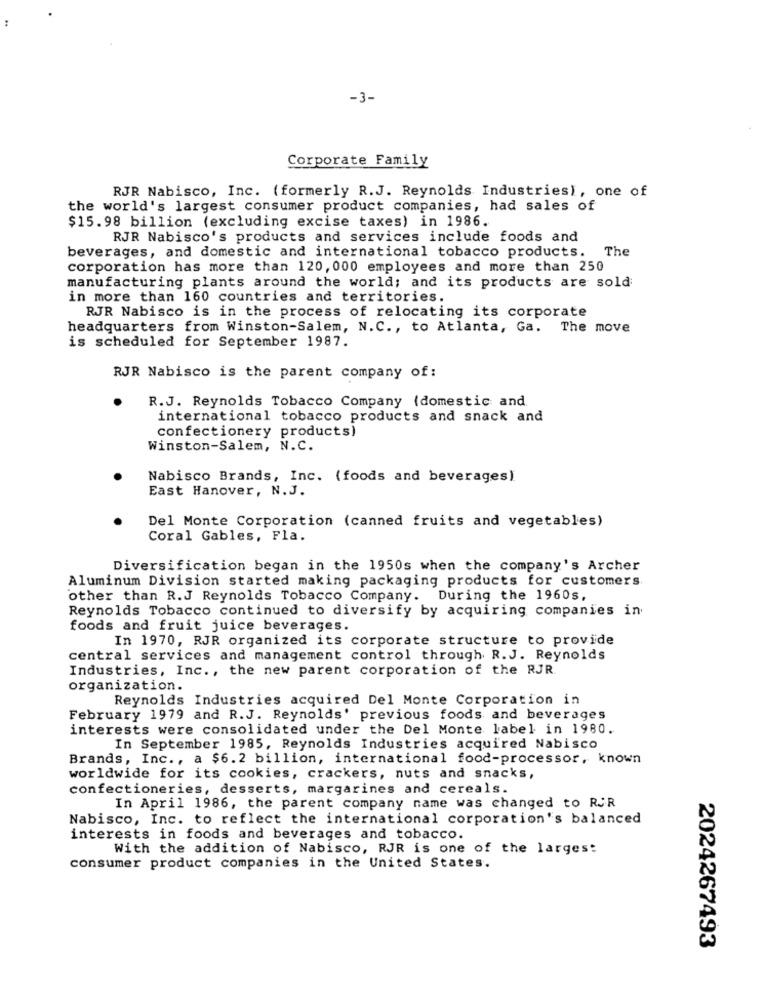
-3-
Corporate Family
RJR Nabisco, Inc. (formerly R.J. Reynolds Industries), one of
the world's largest consumer product companies, had sales of
$15.98 billion (excluding excise taxes) in 1986.
RJR Nabisco's products and services include foods and
beverages, and domestic and international tobacco products. The
corporation has more than 120, 000 employees and more than 250
manufacturing plants around the world; and its products are sold
in more than 160 countries and territories.
RJR Nabisco is in the process of relocating its corporate
headquarters from Winston-Salem, N.C ., to Atlanta, Ga. The move
is scheduled for September 1987.
RJR Nabisco is the parent company of :
R.J. Reynolds Tobacco Company (domestic and
international tobacco products and snack and
confectionery products)
Winston-Salem, N.C.
Nabisco Brands, Inc. (foods and beverages)
East Hanover, N.J.
Del Monte Corporation (canned fruits and vegetables)
Coral Gables, Fla.
Diversification began in the 1950s when the company's Archer
Aluminum Division started making packaging products for customers
other than R.J Reynolds Tobacco Company. During the 1960s,
Reynolds Tobacco continued to diversify by acquiring companies in
foods and fruit juice beverages.
In 1970, RJR organized its corporate structure to provide
central services and management control through R. J. Reynolds
Industries, Inc ., the new parent corporation of the RJR
organization.
Reynolds Industries acquired Del Monte Corporation in
February 1979 and R.J. Reynolds' previous foods and beverages
interests were consolidated under the Del Monte label in 1980.
In September 1985, Reynolds Industries acquired Nabisco
Brands, Inc ., a $6.2 billion, international food-processor, known
worldwide for its cookies, crackers, nuts and snacks,
confectioneries, desserts, margarines and cereals.
In April 1986, the parent company name was changed to ROR
Nabisco, Inc. to reflect the international corporation's balanced
interests in foods and beverages and tobacco.
With the addition of Nabisco, RJR is one of the largest
consumer product companies in the United States.
2024267493